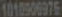
1010900976